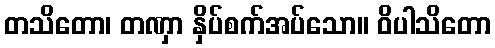
တသိတော၊ တဏှာ နှိပ်စက်အပ်သော။ ဝိပါသိတော